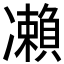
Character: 𠘝